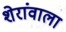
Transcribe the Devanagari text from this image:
शेरांवाला